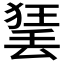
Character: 𱍣